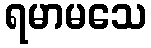
ရမာမသေ